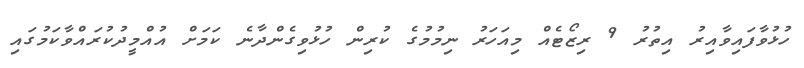
ހުޅުވާފައިވާއިރު އިތުރު 9 ރިޒޯޓެއް މިއަހަރު ނިމުމުގެ ކުރިން ހުޅުވިގެންދާނެ ކަމަށް އުއްމީދުކުރައްވާކަމުގައި